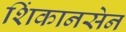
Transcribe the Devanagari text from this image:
शिंकानसेन